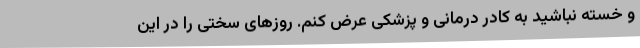
و خسته نباشید به کادر درمانی و پزشکی عرض کنم. روزهای سختی را در این